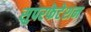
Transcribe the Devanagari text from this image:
सुपरफेटेशन